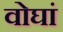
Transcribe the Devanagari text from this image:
वोघां